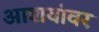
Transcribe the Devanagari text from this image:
आशयांवर